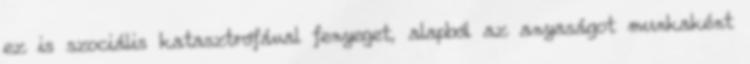
ez is szociális katasztrófával fenyeget, alapból az anyaságot munkaként